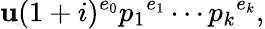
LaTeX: \mathbf{u}(1+i)^{e_{0}}{p_{1}}^{e_{1}}\cdots{p_{k}}^{e_{k}},